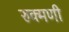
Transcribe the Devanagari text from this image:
रुक्‍मणी